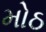
મોઠ